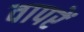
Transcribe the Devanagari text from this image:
वापरें